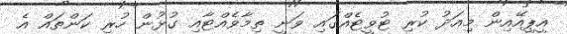
އީޕީއޭއިން މިއަދު ކުރި ޓުވީޓެއްގައި ވަނީ ތިމާވެއްޓާއި ގުޅުން ހުރި ކަންތައް އެ